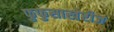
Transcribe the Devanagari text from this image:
फुफुसाखेरीज